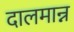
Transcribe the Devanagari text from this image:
दालमान्न